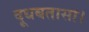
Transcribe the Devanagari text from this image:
दूधबतासा।